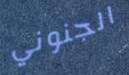
الجنوني